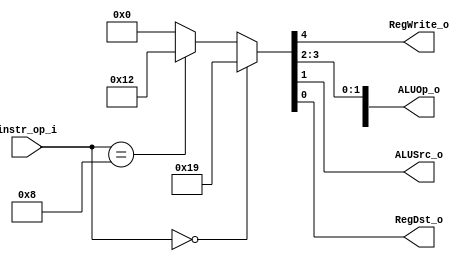
module Decoder( instr_op_i, RegWrite_o,	ALUOp_o, ALUSrc_o, RegDst_o );
     
//I/O ports
input	[6-1:0] instr_op_i;

output			RegWrite_o;
output	[3-1:0] ALUOp_o;
output			ALUSrc_o;
output			RegDst_o;
 
//Internal Signals
wire	[3-1:0] ALUOp_o;
wire			ALUSrc_o;
wire			RegWrite_o;
wire			RegDst_o;

//Main function
/*your code here*/
assign {RegWrite_o, ALUOp_o[1], ALUOp_o[0], ALUSrc_o, RegDst_o} = (instr_op_i == 6'b000000) ? {1'b1, 1'b1, 1'b0, 1'b0 ,1'b1}:   // r-format
                                                                 (instr_op_i == 6'b001000) ? {1'b1, 1'b0, 1'b0, 1'b1 ,1'b0}:       // addi
                                                                 0;
endmodule